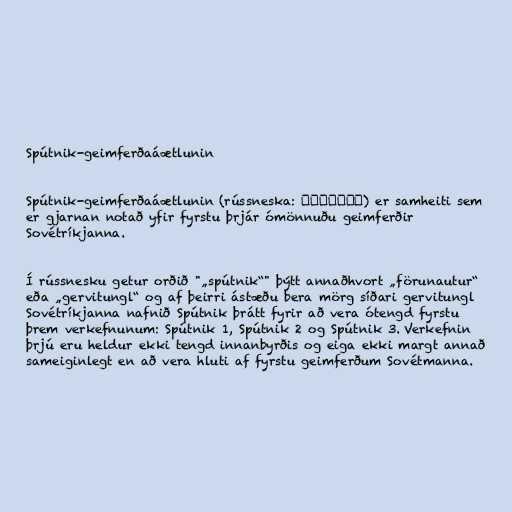
Spútnik-geimferðaáætlunin

Spútnik-geimferðaáætlunin (rússneska: Спутник) er samheiti sem
er gjarnan notað yfir fyrstu þrjár ómönnuðu geimferðir
Sovétríkjanna.

Í rússnesku getur orðið "„spútnik“" þýtt annaðhvort „förunautur“
eða „gervitungl“ og af þeirri ástæðu bera mörg síðari gervitungl
Sovétríkjanna nafnið Spútnik þrátt fyrir að vera ótengd fyrstu
þrem verkefnunum: Spútnik 1, Spútnik 2 og Spútnik 3. Verkefnin
þrjú eru heldur ekki tengd innanbyrðis og eiga ekki margt annað
sameiginlegt en að vera hluti af fyrstu geimferðum Sovétmanna.